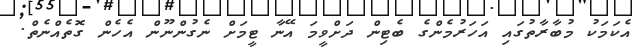
އެކަމަކު މުބާރާތުގައި އަހަރުމެންގެ ބެޓިން ދަށްވީމަ އޭނާ ޓީމަށް ނެގުންނޫން އެހެން ގޮތެއްނެތް.